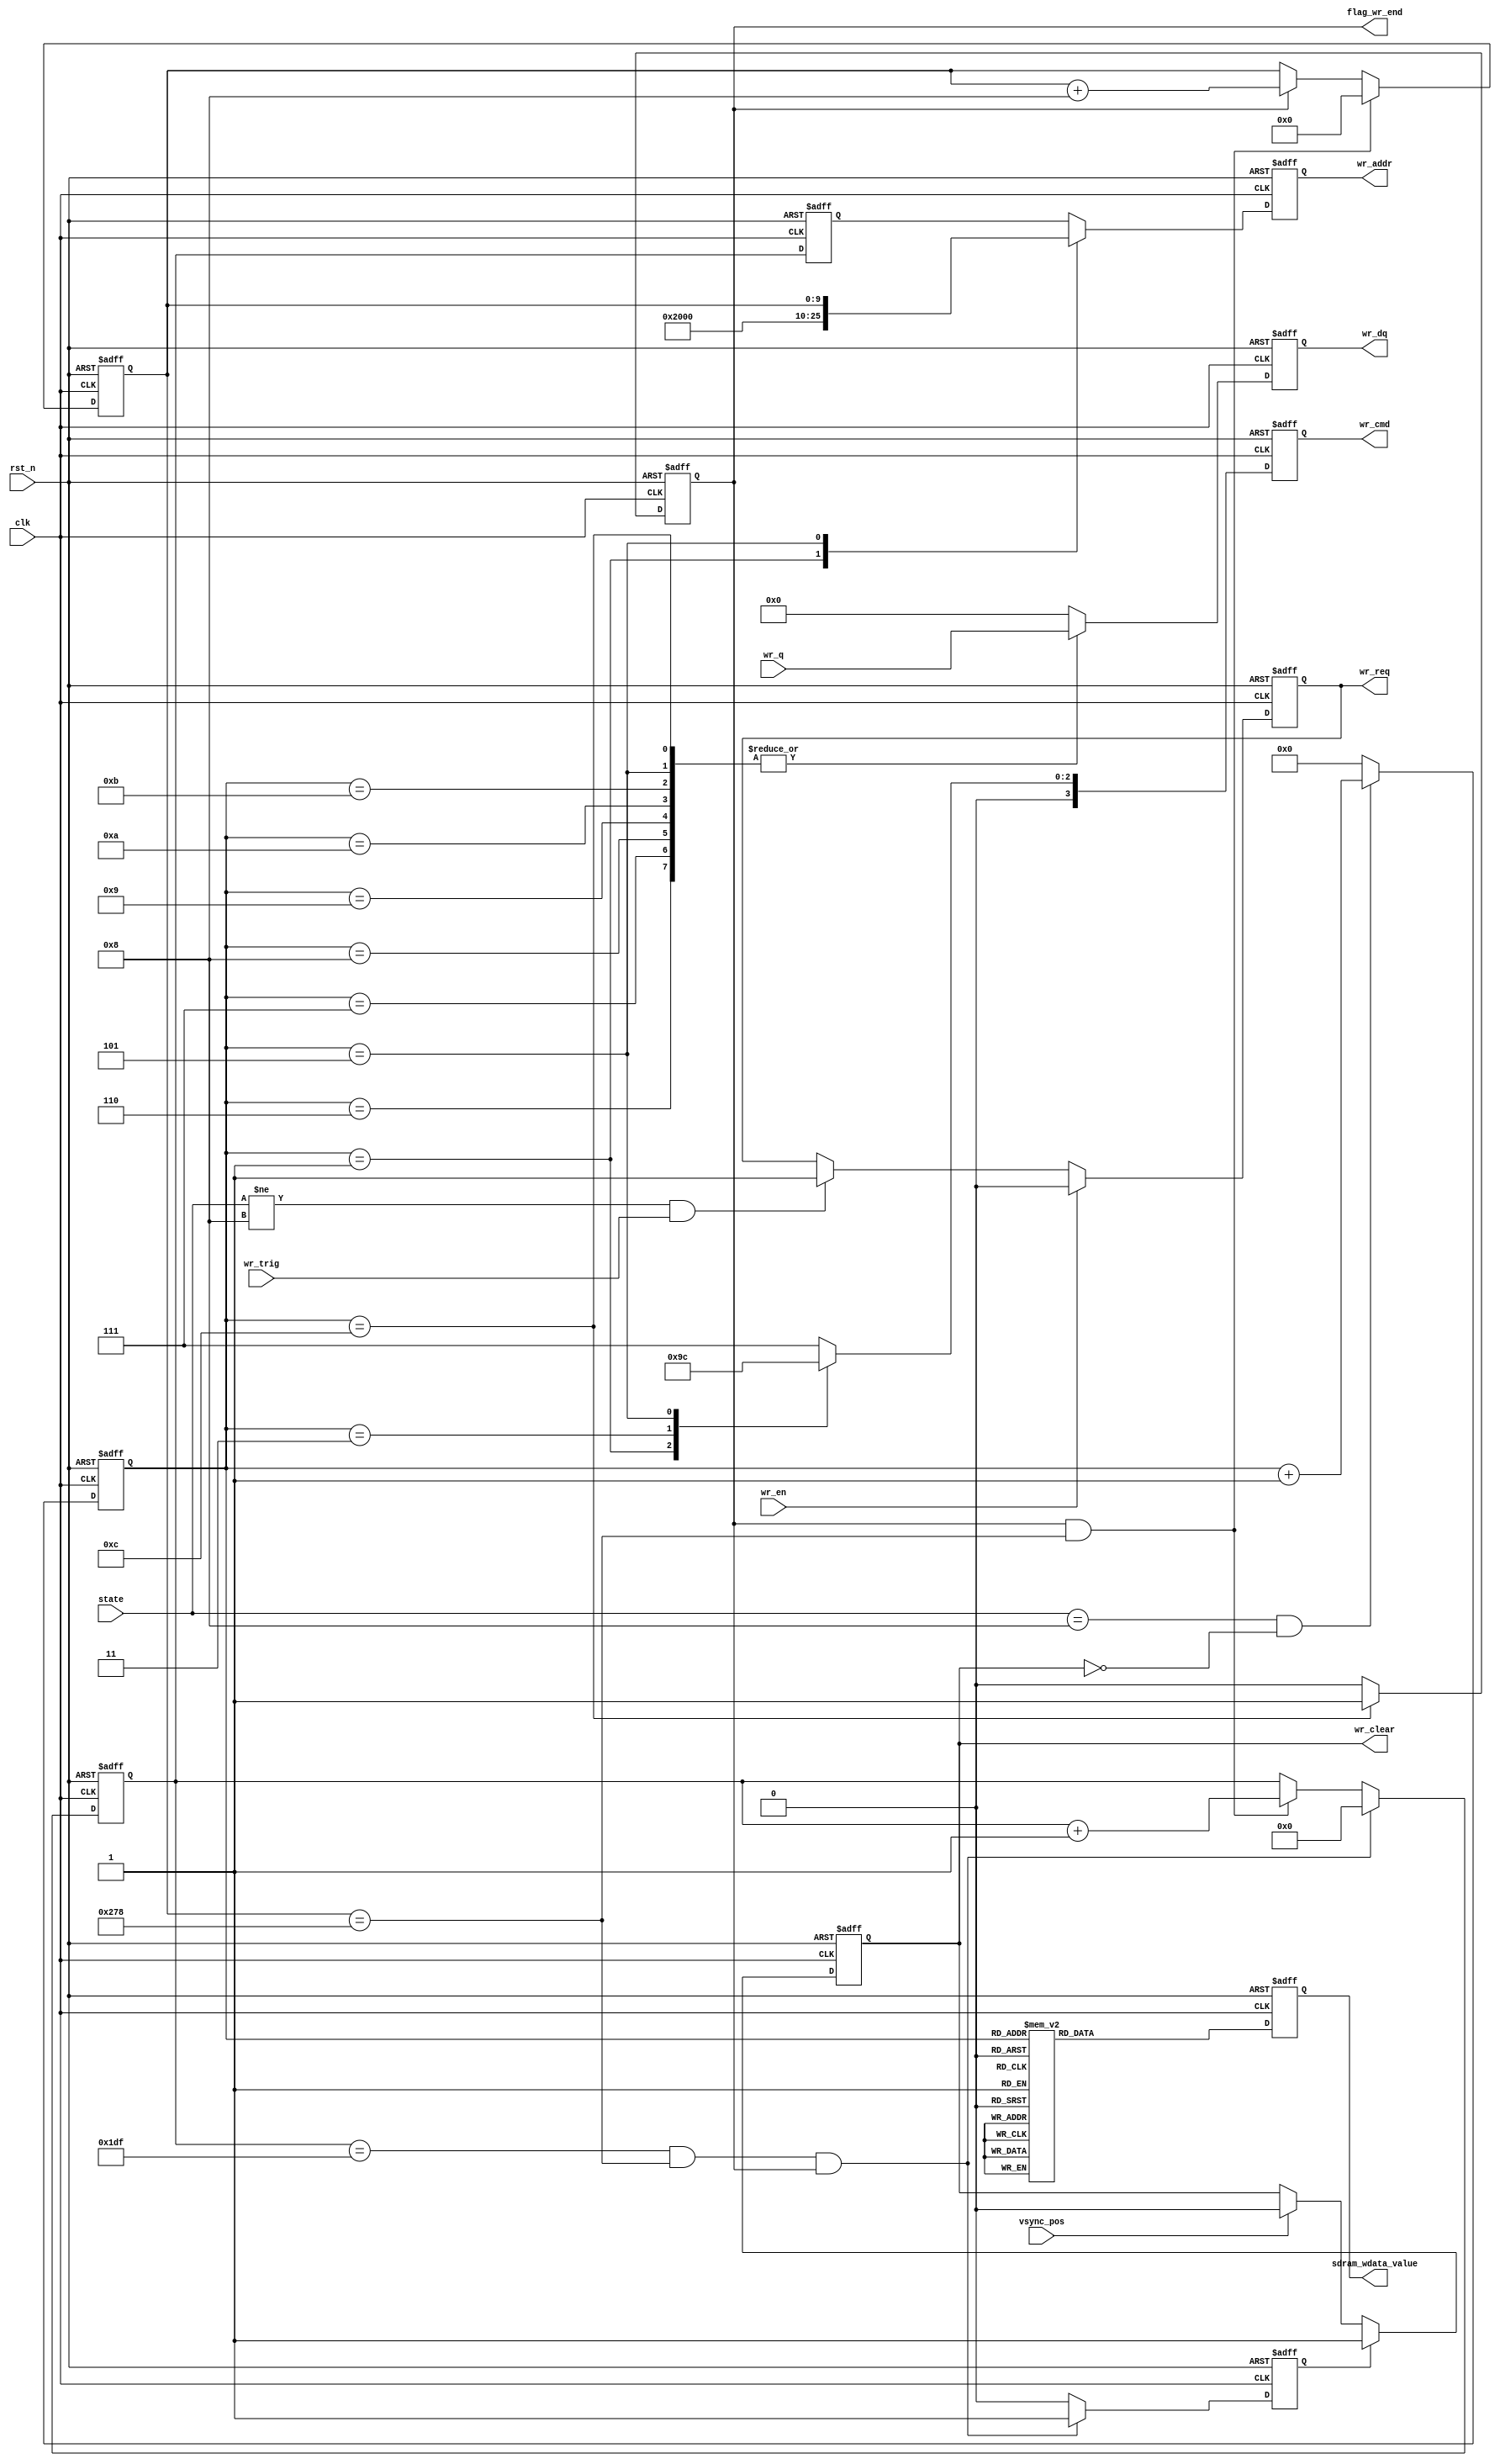
/*-----------------------------------------------------------------------

Date				:		2017-08-29
Description			:		Design for sdram write .

-----------------------------------------------------------------------*/

module sdram_write
(
	//global clock
	input					clk				,			//system clock
	input					rst_n			,     		//sync reset
	
	//sdram_write interface
	input					wr_en			,			//
	output	reg				wr_req			,			//
	input					wr_trig			,		//

	//sdram interface
	output	reg		[3:0]	wr_cmd			,
	output	reg		[12:0]	wr_addr			,
	input			[15:0]	wr_q			,
	output	reg		[15:0]	wr_dq			,
	//afresh interface
	//input					ref_req  
	input			[4:0]	state			,
	output	reg				sdram_wdata_value,
	input					vsync_pos		,
	output	reg				wr_clear		,
	output	reg				flag_wr_end
); 


//--------------------------------
//Funtion :    

/* localparam		S_IDLE		=		5'b0_0001;
localparam		S_REQ		=		5'b0_0010;
localparam		S_ACT		=		5'b0_0100;
localparam		S_WR		=		5'b0_1000;
localparam		S_PRE		=		5'b1_0000;

reg							flag_wr;
reg			[4:)]			state; */

parameter		NOP		=		4'b0111				,
				ACT		=		4'b0011				,
				WR		=		4'b0100				,
				PRE		=		4'b0010				,
				CMD_END	=		4'd12 				,		//delay
				COL_END	=		10'd632				,	//
				ROW_END	=		13'd479				,			//
				AREF	=		5'b0_0100			,
				WRITE	=		5'b0_1000			;


//reg						flag_wr_end					;		//write egiht over
reg						flag_ye_end					;		//write one hang over
reg		[ 9:0]			col_addr					;

reg		[12:0]			row_addr					;
reg		[12:0]			row_addr_reg				;
reg		[3:0]			cmd_cnt						;



//--------------------------------
//Funtion :    wr_req

always @(posedge clk or negedge rst_n)
begin
	if(!rst_n)
		wr_req <= 1'd0;
	else if(wr_en)
		wr_req <= 1'd0;
	else if(state != WRITE && wr_trig)
		wr_req <= 1'd1;
end

//--------------------------------
//Funtion :    flag_wr_end

always @(posedge clk or negedge rst_n)
begin
	if(!rst_n)
		flag_wr_end <= 1'd0;
	else if(cmd_cnt == CMD_END)
		flag_wr_end <= 1'd1;
	else
		flag_wr_end <= 1'd0;
end

//--------------------------------
//Funtion :    cmd_cnt

always @(posedge clk or negedge rst_n)
begin
	if(!rst_n)
		cmd_cnt <= 1'd0;
	else if((state == WRITE) && (wr_clear == 1'b0) )   //rduse > 100
		cmd_cnt <= cmd_cnt + 1'b1;
	else
		cmd_cnt <= 1'd0;
end

//--------------------------------
//Funtion :    wr_cmd

always @(posedge clk or negedge rst_n)
begin
	if(!rst_n)
		wr_cmd <= 1'd0;
	else case(cmd_cnt)
		//  nop
		4'd1 :
		begin
				wr_cmd <= PRE;
		end
		//act
		4'd2 :
		begin
				wr_cmd <= NOP;
		end

		4'd3 :
		begin
				wr_cmd <= ACT;
		end		

		4'd4 :
		begin
				wr_cmd <= NOP;
		end	
		
		//write
		4'd5 :
		begin
			wr_cmd <= WR;
		end
		default : wr_cmd <= NOP;
	
	endcase
end

//--------------------------------
//Funtion :   fifo en
//-------------This is ok--------------

always @(posedge clk or negedge rst_n)
begin
	if(!rst_n)
		sdram_wdata_value <= 1'd0;
	else	
	case(cmd_cnt)
	4'd4 : 
		sdram_wdata_value <= 1'd1;
	4'd5 :
		sdram_wdata_value <= 1'd1;
	4'd6 :
		sdram_wdata_value <= 1'd1;
	4'd7 :
		sdram_wdata_value <= 1'd1;
	4'd8 : 
		sdram_wdata_value <= 1'd1;
	4'd9 :
		sdram_wdata_value <= 1'd1;
	4'd10:
		sdram_wdata_value <= 1'd1;
	4'd11:
		sdram_wdata_value <= 1'd1;
	default :
		sdram_wdata_value <= 1'd0;
	endcase
end
//-----------debug-------------------
always @(posedge clk or negedge rst_n)
begin
	if(!rst_n)
		wr_dq <= 1'd0;
	else case(cmd_cnt)
    	4'd5  :
			wr_dq <= wr_q;
		4'd6  :
			wr_dq <= wr_q;
		4'd7  :
			wr_dq <= wr_q;
		4'd8  :
			wr_dq <= wr_q; 
 		4'd9  :
			wr_dq <= wr_q;
		4'd10 :
			wr_dq <= wr_q;
		4'd11 :
			wr_dq <= wr_q;
		4'd12 :
			wr_dq <= wr_q;    
//------------DEBUG--------------------
/*    		4'd5  :
			wr_dq <= {row_addr_reg[7:0] , col_addr[7:0]};
		4'd6  :
			wr_dq <= {row_addr_reg[7:0] , col_addr[7:0]};
		4'd7  :
			wr_dq <= {row_addr_reg[7:0] , col_addr[7:0]};
		4'd8  :
			wr_dq <= {row_addr_reg[7:0] , col_addr[7:0]}; 
 		4'd9  :
			wr_dq <= {row_addr_reg[7:0] , col_addr[7:0]};
		4'd10 :
			wr_dq <= {row_addr_reg[7:0] , col_addr[7:0]};
		4'd11 :
			wr_dq <= {row_addr_reg[7:0] , col_addr[7:0]};
		4'd12 :
			wr_dq <= {row_addr_reg[7:0] , col_addr[7:0]}; */
		default : 
			wr_dq <= 1'd0;
	endcase
end 

//--------------------------------
//Funtion :    row_addr_reg

always @(posedge clk or negedge rst_n)
begin
	if(!rst_n)
		row_addr_reg <= 1'd0;
	else if(row_addr_reg == ROW_END && col_addr == COL_END && flag_wr_end)
		row_addr_reg <= 1'd0;
	else if(flag_wr_end && col_addr == COL_END)
		row_addr_reg <= row_addr_reg + 1'b1;
end

//--------------------------------
//Funtion :    row_addr
always @(posedge clk or negedge rst_n)
begin
	if(!rst_n)
		row_addr <= 1'd0;
	else 	
		row_addr <= row_addr_reg;
end

//--------------------------------
//Funtion :    	col_addr

always @(posedge clk or negedge rst_n)
begin
	if(!rst_n)
		col_addr <= 1'd0;
	else if(col_addr == COL_END && flag_wr_end)
		col_addr <= 1'd0;
	else if(flag_wr_end)
		col_addr <= col_addr + 4'd8;
end

//--------------------------------
//Funtion :  flag_ye_end

always @(posedge clk or negedge rst_n)
begin
	if(!rst_n)
		flag_ye_end <= 1'd0;
	else if(row_addr_reg == ROW_END && col_addr == COL_END && flag_wr_end)
		flag_ye_end <= 1'd1;
	else
		flag_ye_end <= 1'd0;
end
//--------------------------------
//Funtion :    	wr_addr
always @(posedge clk or negedge rst_n)
begin
	if(!rst_n)
		wr_addr <= 1'd0;
	else case(cmd_cnt)
		// 3'd2 :
			// wr_addr <= row_addr;
		3'd1 :
			wr_addr  <= 13'b0_0100_0000_0000;
		
		3'd5 :
			wr_addr  <= {3'd0 , col_addr};
			
		default :
			wr_addr <= row_addr;
	endcase
end



//--------------------------------
//Funtion :    	wr_clear

always @(posedge clk or negedge rst_n)
begin
	if(!rst_n)
		wr_clear <= 1'd0;
	else if(flag_ye_end)
		wr_clear <= 1'd1;
	else if(vsync_pos)
		wr_clear <= 1'd0;
end







endmodule